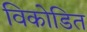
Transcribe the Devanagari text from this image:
विकोडित